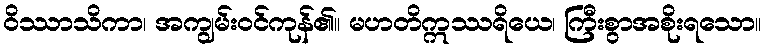
ဝိဿာသိကာ၊ အကျွမ်းဝင်ကုန်၏။ မဟတိဣဿရိယေ၊ ကြီးစွာအစိုးရသော။